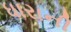
ધારાની